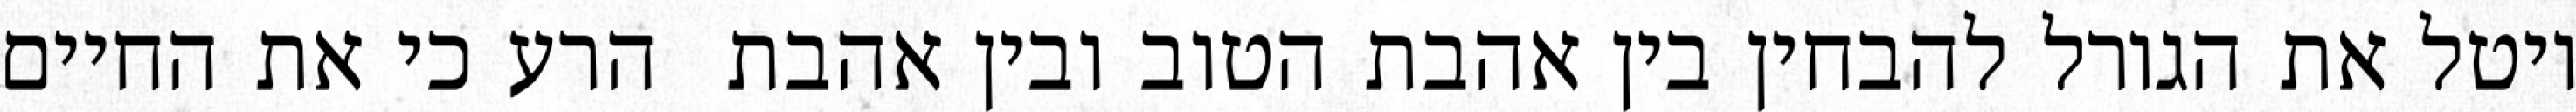
יוטל את הגורל להבחין בין אהבת הטוב ובין אהבת  הרע כי את החיים